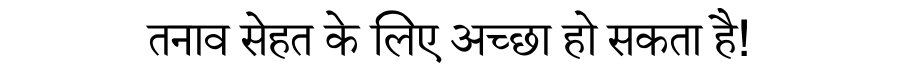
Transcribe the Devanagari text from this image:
तनाव सेहत के लिए अच्छा हो सकता है!